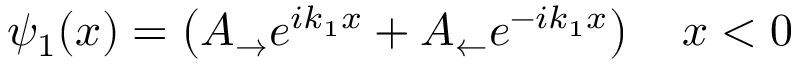
\psi _ { 1 } ( x ) = \left( A _ { \rightarrow } e ^ { i k _ { 1 } x } + A _ { \leftarrow } e ^ { - i k _ { 1 } x } \right) \quad x < 0